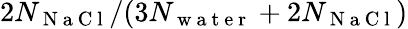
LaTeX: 2N_{\mathrm{~N~a~C~l~}}/(3N_{\mathrm{~w~a~t~e~r~}}+2N_{\mathrm{~N~a~C~l~}})